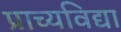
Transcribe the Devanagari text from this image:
प्राच्‍यविद्या